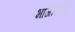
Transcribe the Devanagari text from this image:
भाजीपाना।